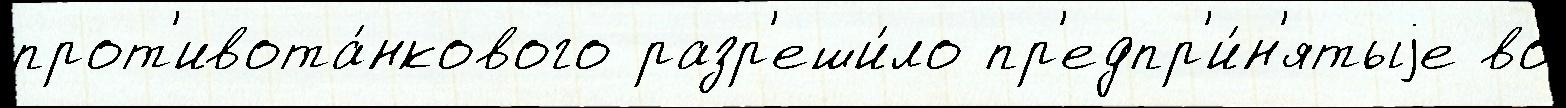
прот'ивота́нкового разр'еши́ло пр'едпр'и́н'ятыjе во